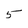
Character: 5